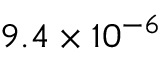
9 . 4 \times 1 0 ^ { - 6 }